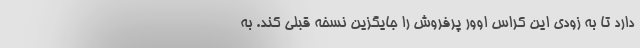
دارد تا به زودی این کراس اوور پرفروش را جایگزین نسخه قبلی کند. به